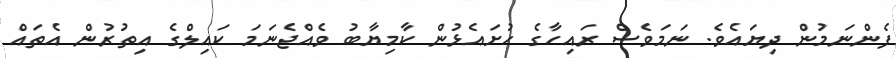
ފެންނަމުން ދިޔައެވެ. ނަމަވެސް ރައިހާގެ ހުށައެޅުން ކާމިޔާބު ވެއްޖެނަމަ ކައިލްގެ އިތުރުން އެތައް